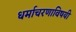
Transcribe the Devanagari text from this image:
धर्माचरणाविषयी